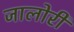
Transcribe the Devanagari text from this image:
जालोरी